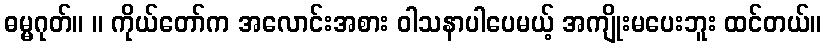
ဓမ္မဂုတ်။ ။ ကိုယ်တော်က အလောင်းအစား ဝါသနာပါပေမယ့် အကျိုးမပေးဘူး ထင်တယ်။